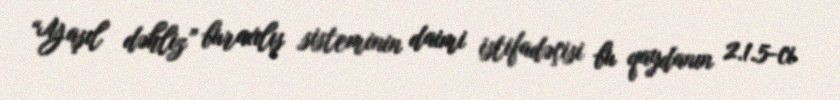
“Yaşıl dəhliz” buraxılış sisteminin daimi istifadəçisi bu qaydanın 2.1.5-ci